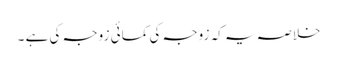
خلاصہ یہ کہ زوجہ کی کمائی زوجہ کی ہے ۔